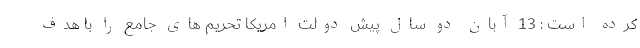
کرده است : 13 آبان دو سال پیش دولت امریکا تحریم های جامع را با هدف